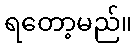
ရတော့မည်။